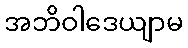
အဘိဝါဒေယျာမ